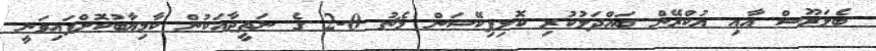
ބެލަރޫސް އާއި ޔުކްރޭން ބައްދަލުކުރި ކޮލިފިކޭޝަން މެޗު 0-2 ގެ ނަތީޖާއަކުން ކާމިޔާބުކޮށްފައިވަނީ